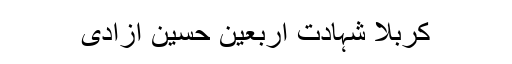
کربلا شہادت اربعین حسین آزادی